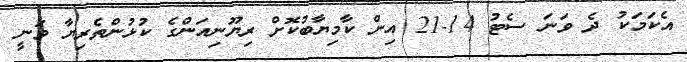
އެކަމަކު ދެ ވަނަ ސެޓު 14-21 އިން ކާމިޔާބުކޮށް ރިޔޫނިއަންގެ ކުޅުންތެރިޔާ ވަނީ